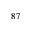
^ { 8 7 }